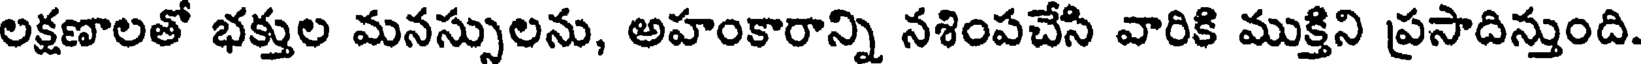
లక్షణాలతో భక్తుల మనస్సులను, అహంకారాన్ని నశింపచేసి వారికి ముక్తిని ప్రసాదిన్తుంది.